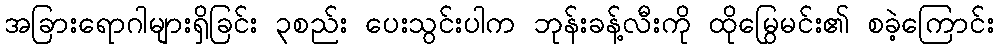
အခြားရောဂါများရှိခြင်း ၃စည်း ပေးသွင်းပါက ဘုန်းခန့်လီးကို ထိုမြွေမင်း၏ စခဲ့ကြောင်း